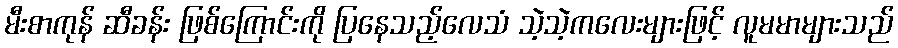
မီးစာကုန် ဆီခန်း ဖြစ်ကြောင်းကို ပြနေသည့်လေသံ သဲ့သဲ့ကလေးများဖြင့် လူမမာများသည်